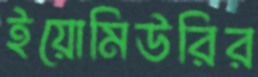
ইয়োমিউরির